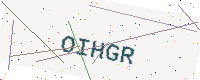
Text: OIHGR